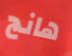
هانج